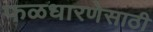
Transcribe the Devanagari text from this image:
फळधारणेसाठी